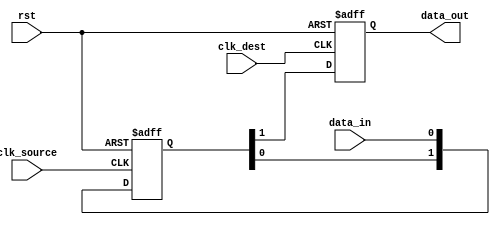
module two_flop_synchronizer (
    input wire clk_source, // Source clock input
    input wire clk_dest,   // Destination clock input
    input wire rst,        // Reset signal
    input wire data_in,    // Input data signal
    output reg data_out    // Output data signal
);

reg [1:0] source_ff; // First flip-flop
reg dest_ff;        // Second flip-flop

// First flip-flop
always @(posedge clk_source or posedge rst) begin
    if (rst) begin
        source_ff <= 2'b00;
    end else begin
        source_ff <= {source_ff[0], data_in};
    end
end

// Second flip-flop
always @(posedge clk_dest or posedge rst) begin
    if (rst) begin
        dest_ff <= 1'b0;
    end else begin
        dest_ff <= source_ff[1];
    end
end

assign data_out = dest_ff; // Output data signal is the output of the second flip-flop

endmodule